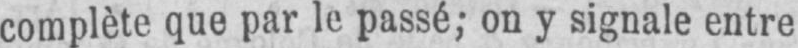
complète que par le passé; on y signale entre